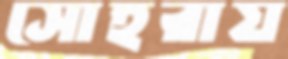
সোহরায়